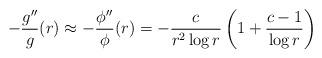
LaTeX: \begin{align*} -\frac{g''}{g}(r)\approx -\frac{\phi''}{\phi}(r) = - \frac{c}{r^2 \log r}\left( 1 + \frac{c-1}{\log r} \right) \end{align*}